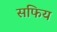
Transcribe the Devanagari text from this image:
सफिय